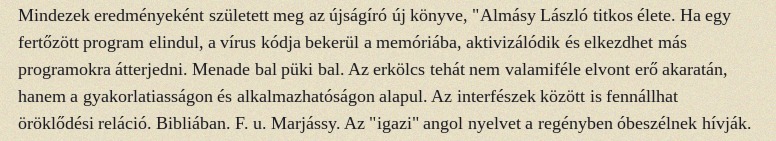
Mindezek eredményeként született meg az újságíró új könyve, "Almásy László titkos élete. Ha egy fertőzött program elindul, a vírus kódja bekerül a memóriába, aktivizálódik és elkezdhet más programokra átterjedni. Menade bal püki bal. Az erkölcs tehát nem valamiféle elvont erő akaratán, hanem a gyakorlatiasságon és alkalmazhatóságon alapul. Az interfészek között is fennállhat öröklődési reláció. Bibliában. F. u. Marjássy. Az "igazi" angol nyelvet a regényben óbeszélnek hívják.